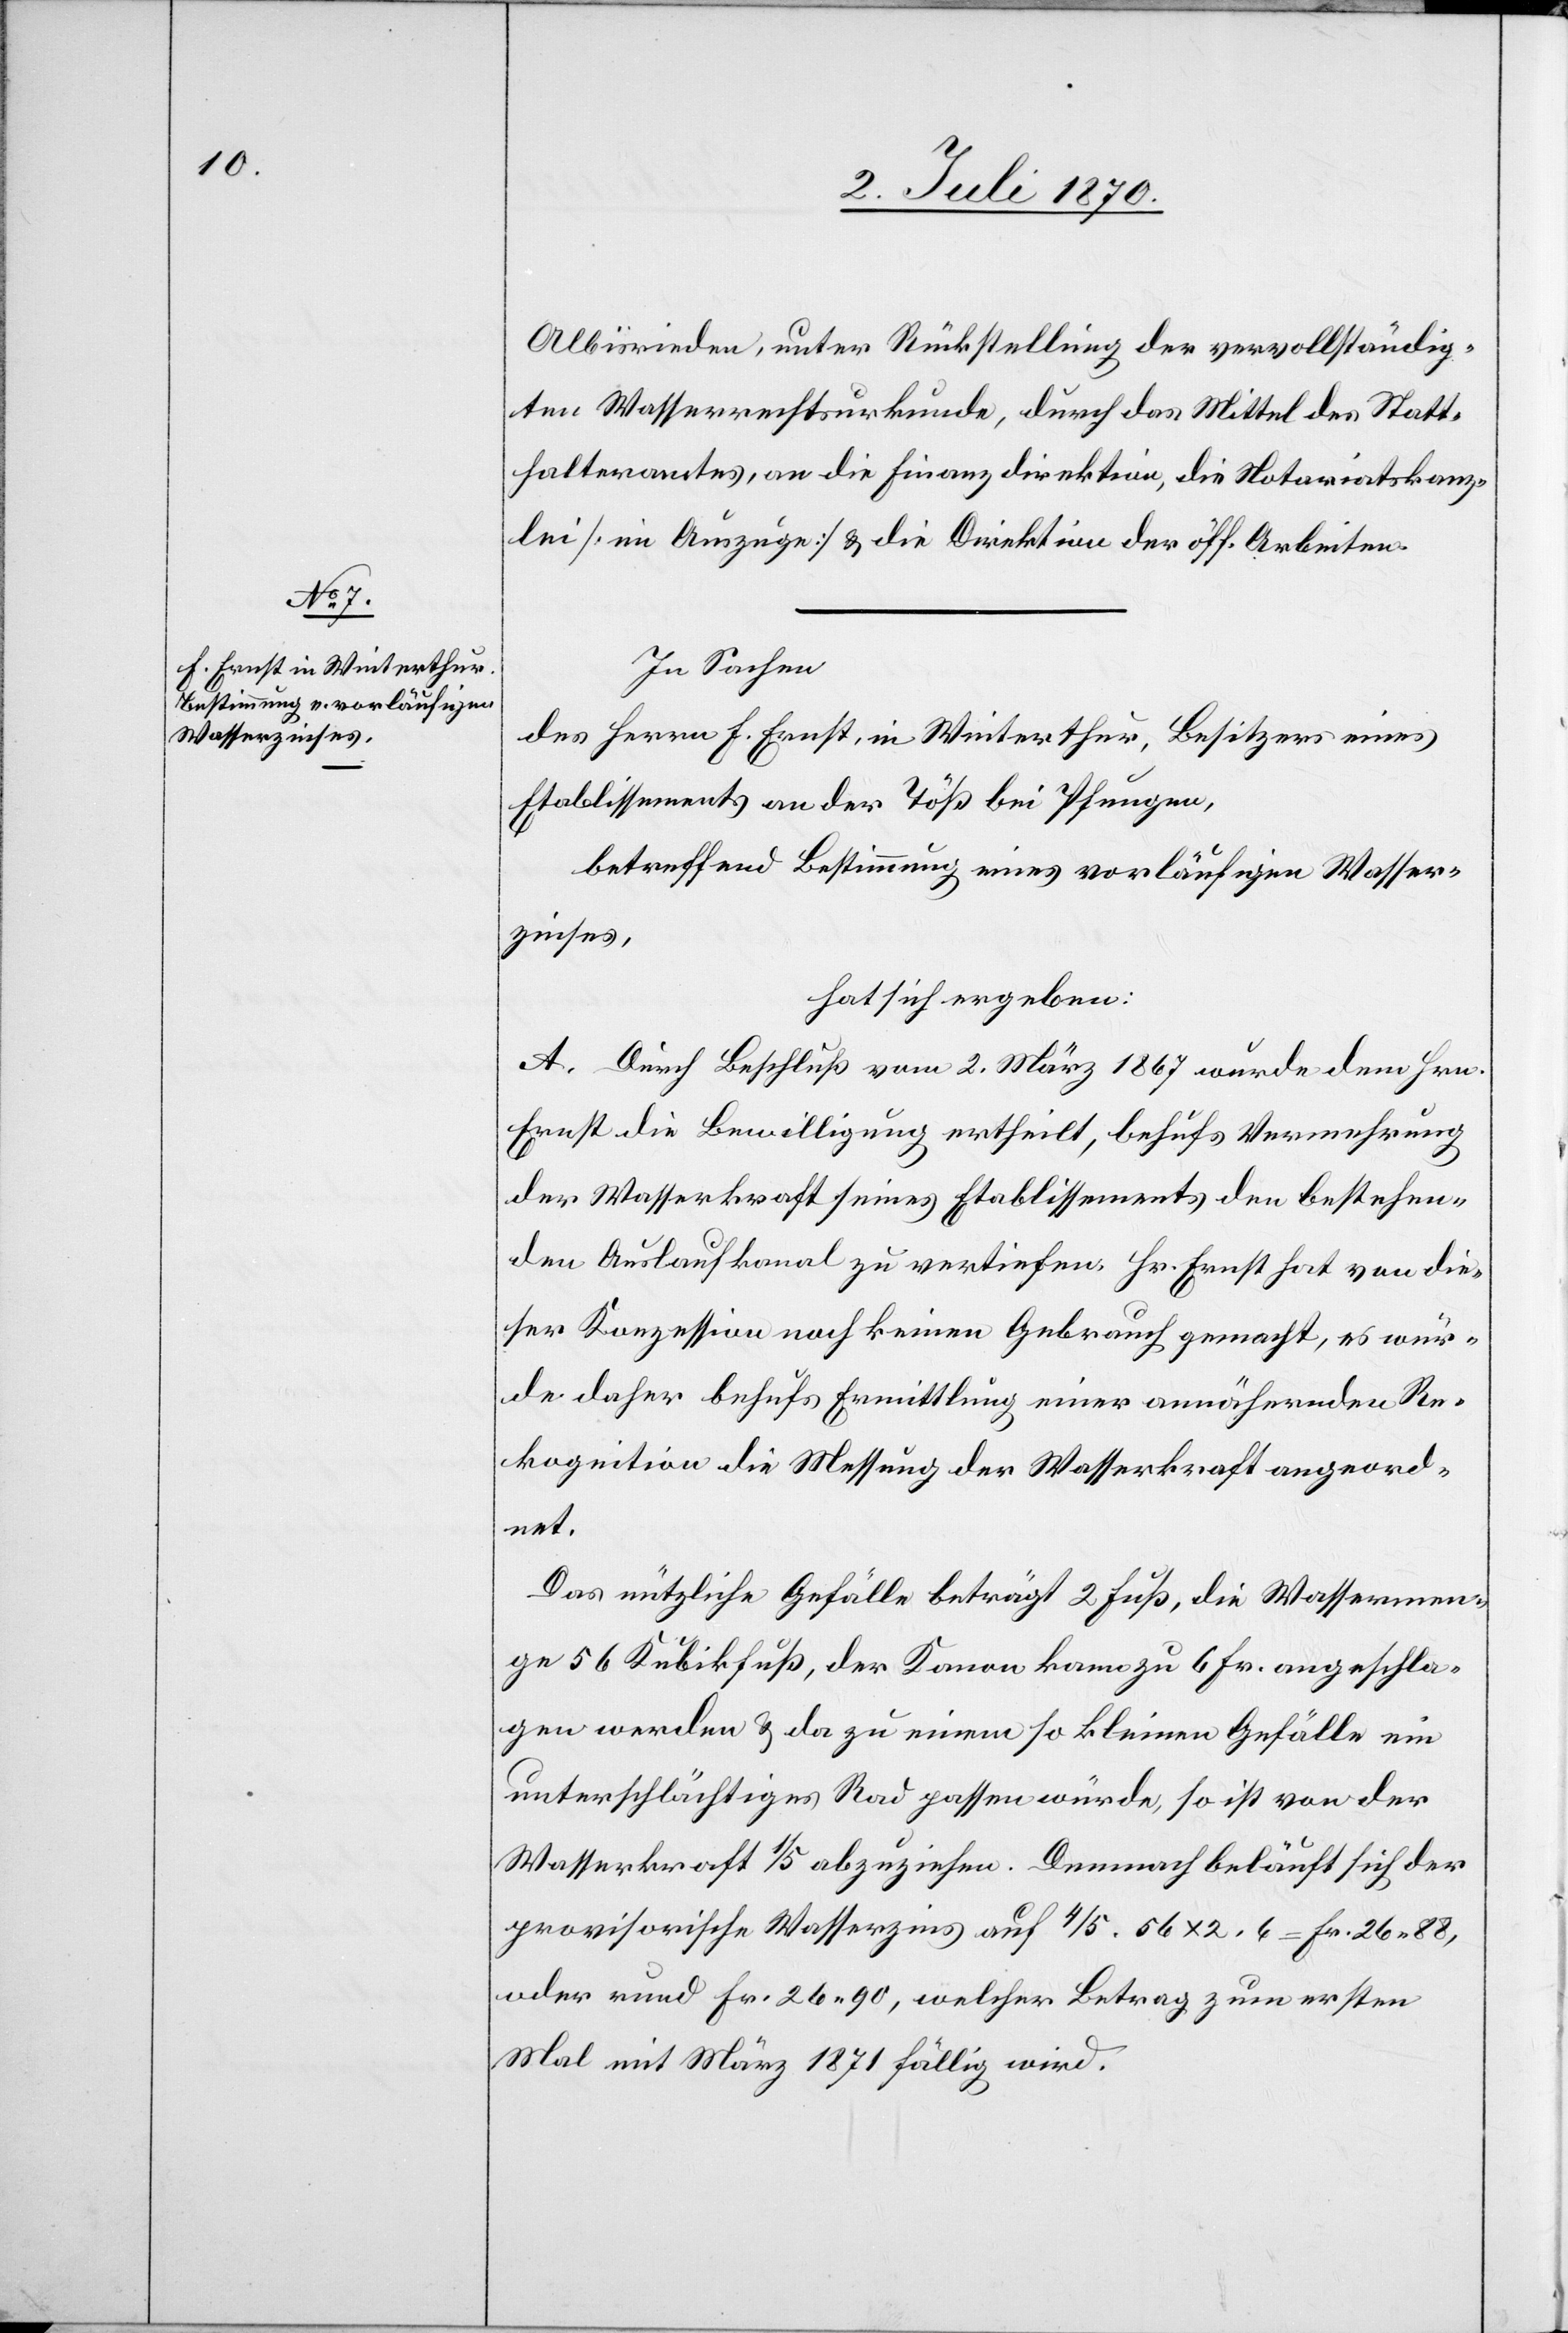
Albisrieden, unter Rückstellung der vervollständig¬
ten Wasserrechtsurkunde, durch das Mittel des Statt¬
halteramtes, an die Finanzdirektion, die Notariatskanz¬
lei [im Auszuge] & die Direktion der öff. Arbeiten.
In Sachen
des Herrn F. Ernst, in Winterthur, Besitzer eines
Etablissements an der Töß bei Pfungen,
betreffend Bestimmung eines vorläufigen Wasser¬
zinses,
hat sich ergeben:
A. Durch Beschluß vom 2. März 1867 wurde dem Hrn.
Ernst die Bewilligung ertheilt, behufs Vermehrung
der Wasserkraft seines Etablissements den bestehen¬
den Auslaufkanal zu vertiefen. Hr. Ernst hat von die¬
ser Konzession noch keinen Gebrauch gemacht, es wur¬
de daher behufs Ermittlung einer annähernden Re¬
kognition die Messung der Wasserkraft angeord¬
net.
Das nützliche Gefälle beträgt 2 Fuß, die Wassermen¬
ge 56 Kubikfuß, der Kanon kann zu 6 Fr. angeschla¬
gen werden & da zu einem so kleinen Gefälle ein
unterschlächtiges Rad passen würde, so ist von der
Wasserkraft 1/5 abzuziehen. Demnach beläuft sich der
provisorische Wasserzins auf 4/5 . 56 x 2 . 6 = 26.88
oder rund Fr. 26.90, welcher Betrag zum ersten
Mal mit März 1871 fällig wird.